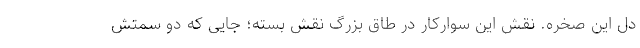
دل این صخره. نقش این سوارکار در طاق بزرگ نقش بسته؛ جایی که دو سمتش